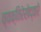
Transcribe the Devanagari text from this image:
व्यक्तिरेखेद्वारे